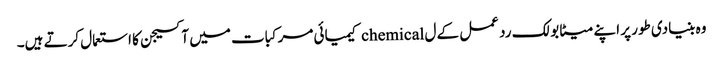
وہ بنیادی طور پر اپنے میٹابولک رد عمل کے ل chemical کیمیائی مرکبات میں آکسیجن کا استعمال کرتے ہیں۔